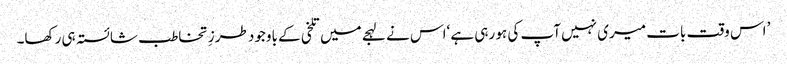
’ اس وقت بات میری نہیں آپ کی ہو رہی ہے ‘اس نے لہجے میں تلخی کے باوجود طرزِ تخاطب شائستہ ہی رکھا۔